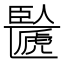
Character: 𠥸